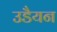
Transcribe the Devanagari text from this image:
उडैयन